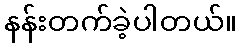
နန်းတက်ခဲ့ပါတယ်။